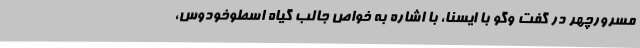
مسرورچهر در گفت وگو با ایسنا، با اشاره به خواص جالب گیاه اسطوخودوس،